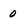
Character: 0